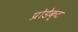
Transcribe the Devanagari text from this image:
प्रोडेक्ट